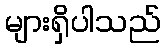
များရှိပါသည်